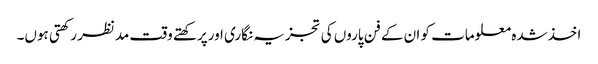
اخذشدہ معلومات کو ان کے فن پاروں کی تجزیہ نگاری اورپرکھتے وقت مدنظر رکھتی ہوں۔